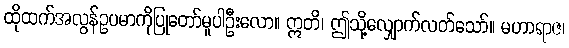
ထိုထက်အလွန်ဥပမာကိုပြုတော်မူပါဦးလော။ ဣတိ၊ ဤသို့လျှောက်လတ်သော်။ မဟာရာဇ၊